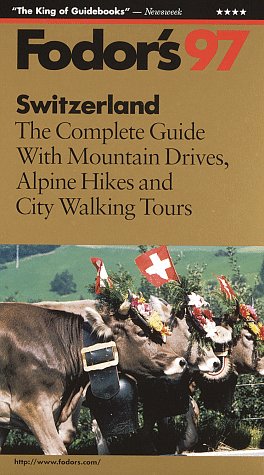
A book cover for Switzerland '97: The Complete Guide with Mountain Drives, Alpine Hikes and City Walking Tours (Annual); Fodor's; Travel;